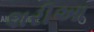
શરીઆ